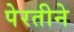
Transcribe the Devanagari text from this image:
पेरतीने